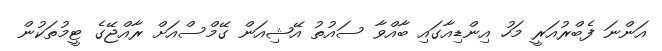
އަންނަ ފެބްރުއަރީ މަހު އިންޑިއާގައި ބާއްވާ ސައުތު އޭޝިއަން ގޭމްސްއަށް ރާއްޖޭގެ ޓީމުތަކުން